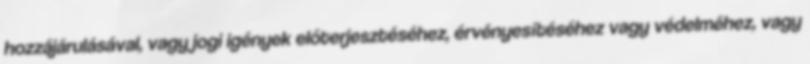
hozzájárulásával, vagy jogi igények előterjesztéséhez, érvényesítéséhez vagy védelméhez, vagy